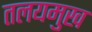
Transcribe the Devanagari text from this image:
तलयमुख